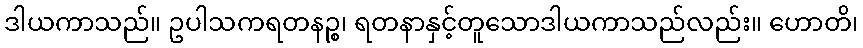
ဒါယကာသည်။ ဥပါသကရတနဉ္စ၊ ရတနာနှင့်တူသောဒါယကာသည်လည်း။ ဟောတိ၊